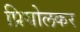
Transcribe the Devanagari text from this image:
प्रियोलकर